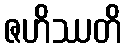
ဇဟိဿတိ